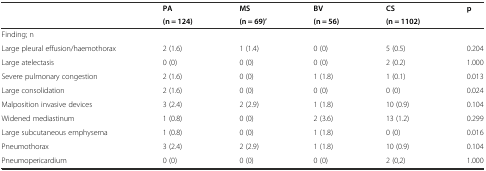
|  | PA | MS | BV | CS | p |
 |  | (n = 124) | (n = 69)’ | (n = 56) | (n = 1102) |  |
 | --- | --- | --- | --- | --- | --- |
 | <COLSPAN=6> Finding; n |
 | Large pleural effusion/haemothorax | 2 (1.6) | 1 (1.4) | 0 (0) | 5 (0.5) | 0.204 |
 | Large atelectasis | 0 (0) | 0 (0) | 0 (0) | 2 (0.2) | 1.000 |
 | Severe pulmonary congestion | 2 (1.6) | 0 (0) | 1 (1.8) | 1 (0.1) | 0.013 |
 | Large consolidation | 2 (1.6) | 0 (0) | 0 (0) | 0 (0) | 0.024 |
 | Malposition invasive devices | 3 (2.4) | 2 (2.9) | 1 (1.8) | 10 (0.9) | 0.104 |
 | Widened mediastinum | 1 (0.8) | 0 (0) | 2 (3.6) | 13 (1.2) | 0.299 |
 | Large subcutaneous emphysema | 1 (0.8) | 0 (0) | 1 (1.8) | 0 (0) | 0.016 |
 | Pneumothorax | 3 (2.4) | 2 (2.9) | 1 (1.8) | 10 (0.9) | 0.104 |
 | Pneumopericardium | 0 (0) | 0 (0) | 0 (0) | 2 (0,2) | 1.000 |